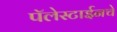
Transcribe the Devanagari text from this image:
पॅलेस्टाईनचे